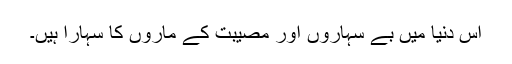
اس دنیا میں بے سہاروں اور مصیبت کے ماروں کا سہارا ہیں۔